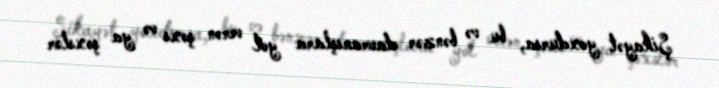
Şikayət yoxdursa, bu və bənzər davranışlara yol verən şəxs və ya şəxslər